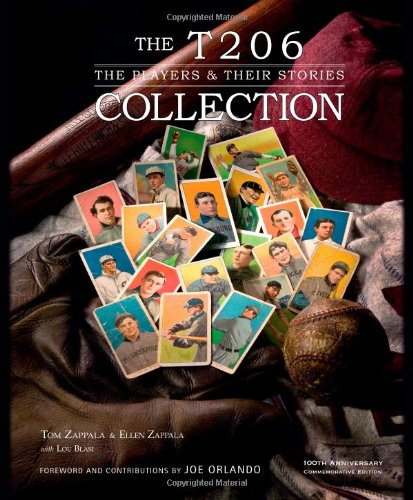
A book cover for The T206 Collection: The Players & Their Stories; Tom Zappala; Crafts, Hobbies & Home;